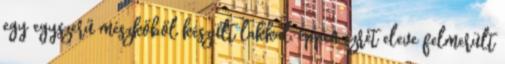
egy egyszerű mészkőből készült lakkal, éppen ezrét eleve felmerült